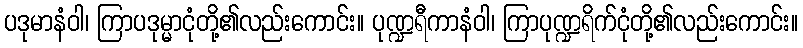
ပဒုမာနံဝါ၊ ကြာပဒုမ္မာငုံတို့၏လည်းကောင်း။ ပုဏ္ဍရီကာနံဝါ၊ ကြာပုဏ္ဍရိက်ငုံတို့၏လည်းကောင်း။